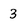
Character: 3